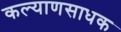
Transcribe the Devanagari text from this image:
कल्याणसाधक